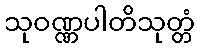
သုဝဏ္ဏပါတိသုတ္တံ